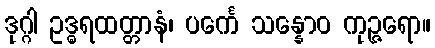
ဒုဂ္ဂါ ဥဒ္ဓရထတ္တာနံ၊ ပင်္ကေ သန္နောဝ ကုဉ္ဇရော။